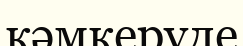
кәмкеруде